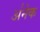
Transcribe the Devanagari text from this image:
अ॑नेक